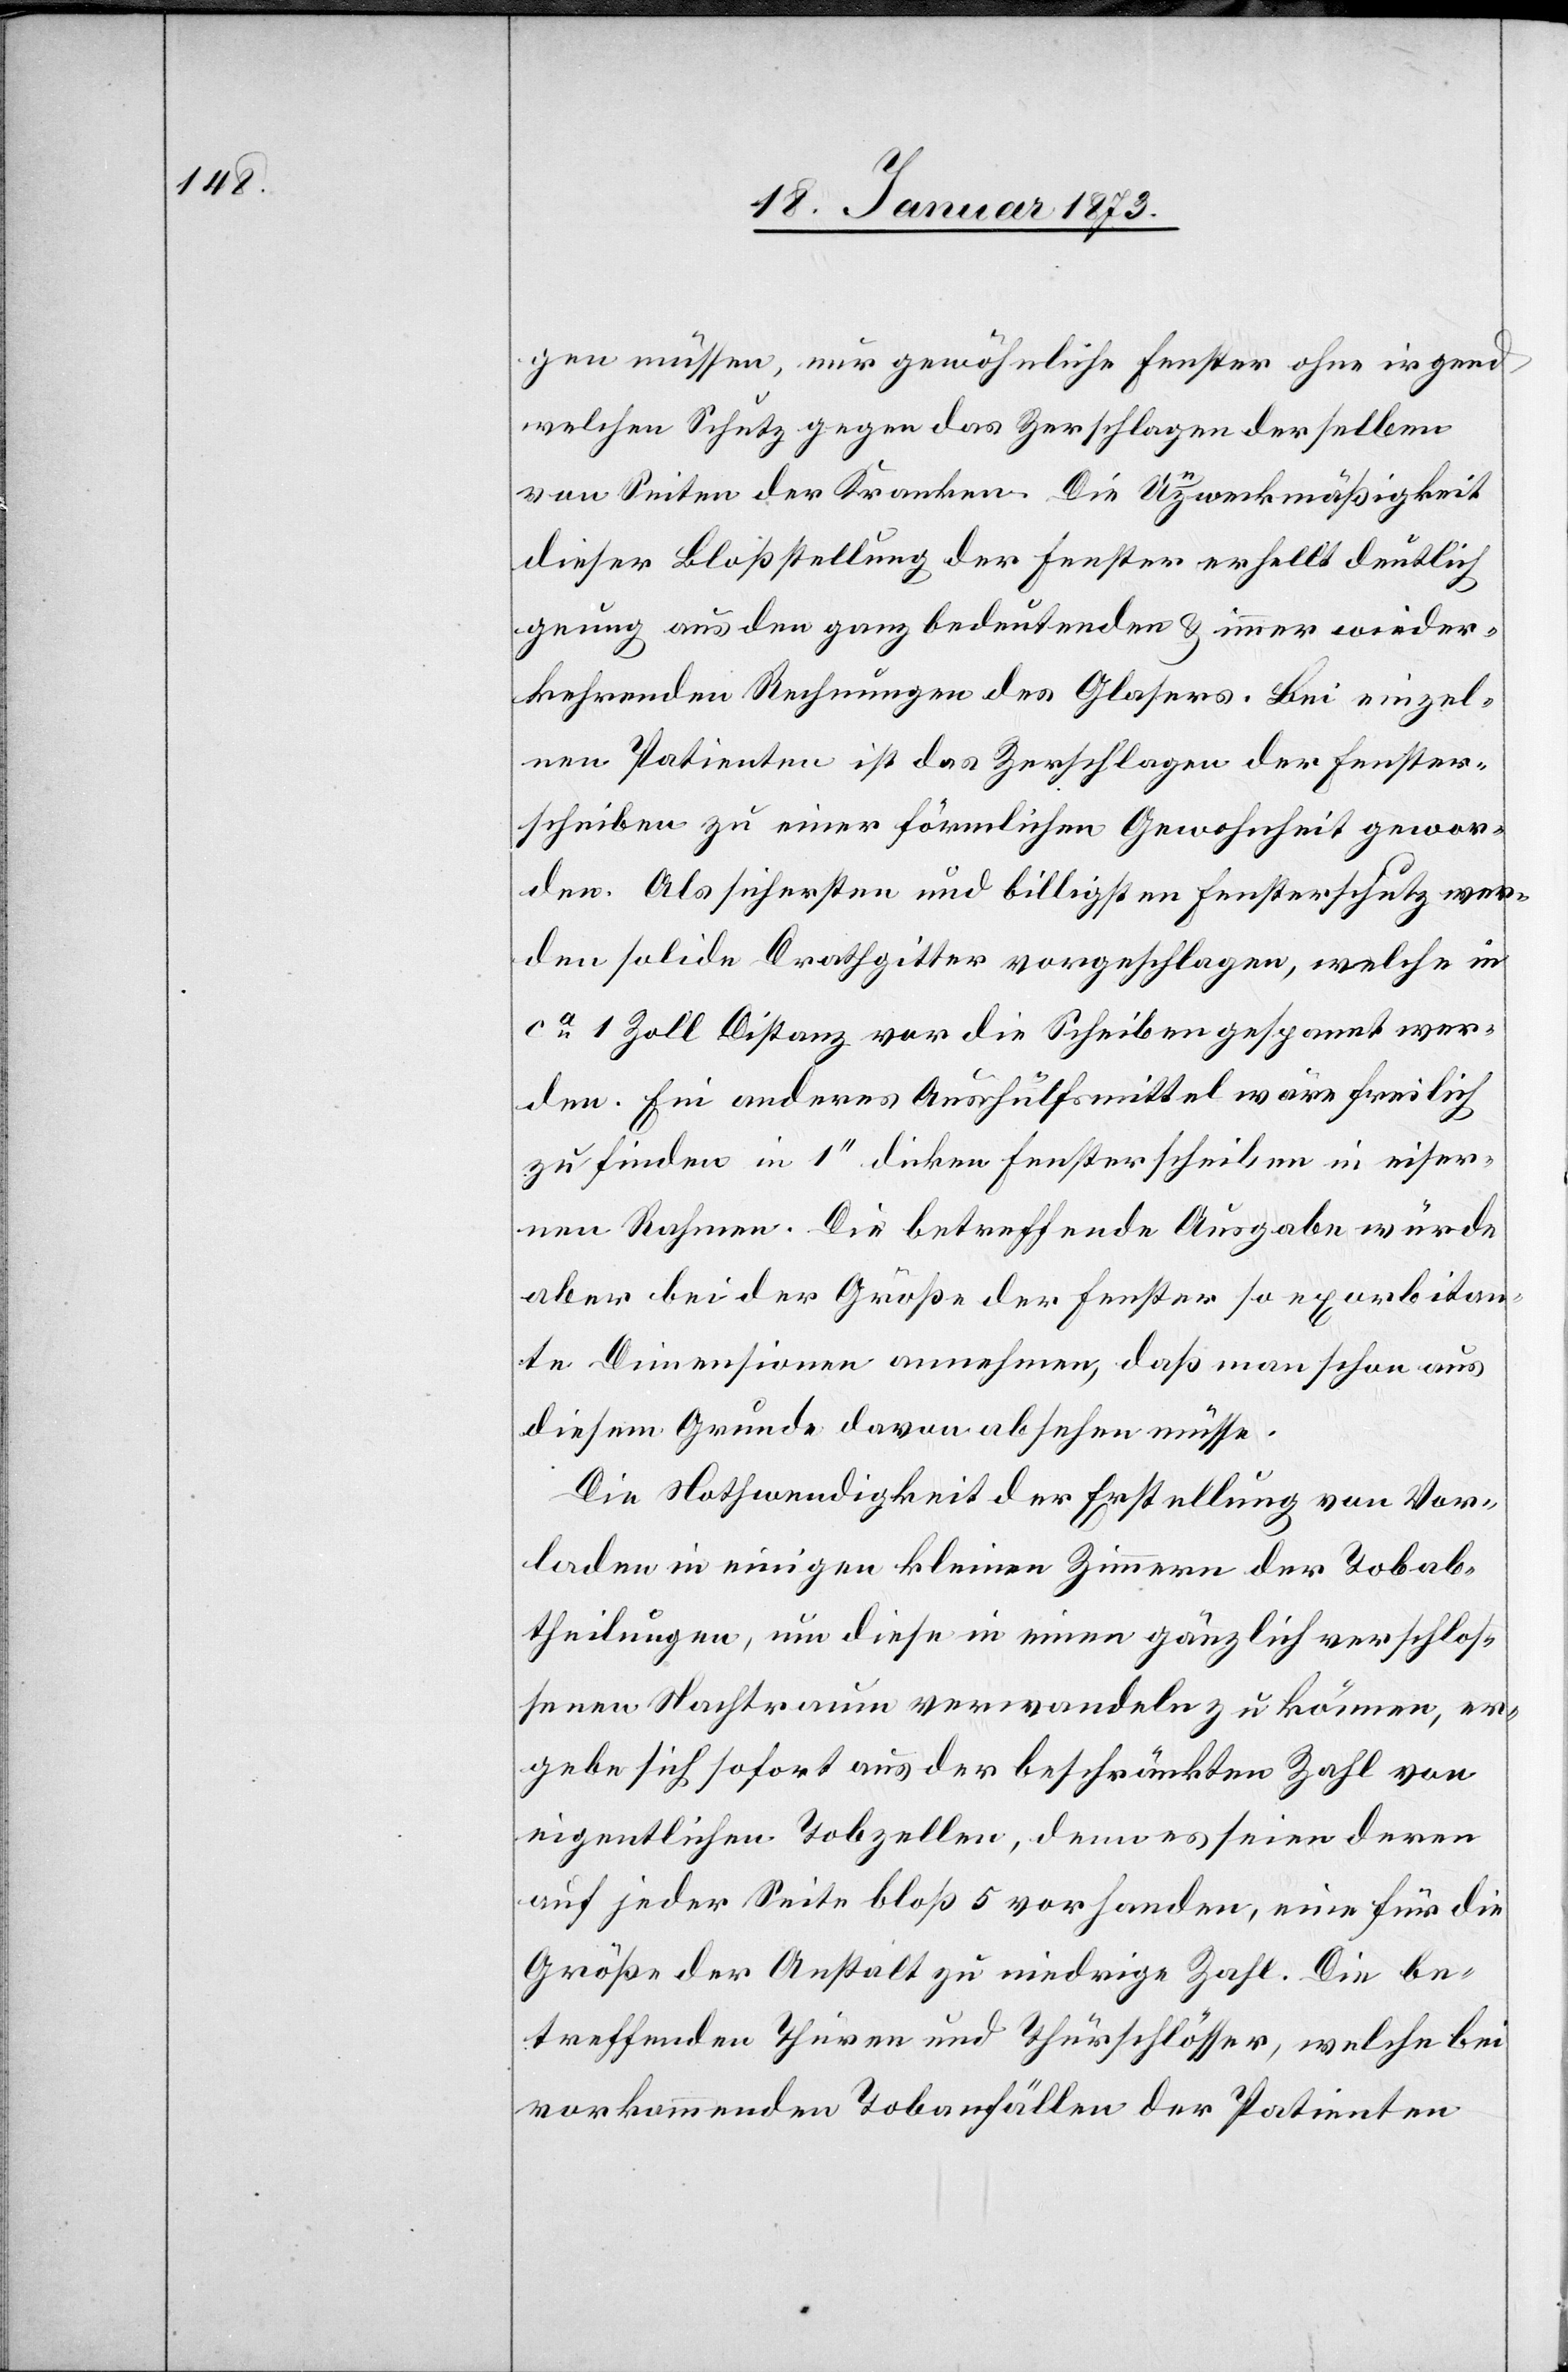
gen müssen, nur gewöhnliche Fenster ohne irgend¬
welchen Schutz gegen das Zerschlagen derselben
von Seiten der Kranken. Die Unzweckmäßigkeit
dieser Bloßstellung der Fenster erhellt deutlich
genug aus den ganz bedeutenden u. immer wieder¬
kehrenden Rechnungen des Glasers. Bei einzel¬
nen Patienten ist das Zerschlagen der Fenster¬
scheiben zu einer förmlichen Gewohnheit gewor¬
den. Als sichersten und billigsten Fensterschutz wer¬
den solide Drathgitter vorgeschlagen, welche in
ca. 1 Zoll Distanz vor die Scheiben gespannt wer¬
den. Ein anderes Aushülfsmittel wäre freilich
zu finden in 1’’ dicken Fensterscheiben in eiser¬
nen Rahmen. Die betreffende Ausgabe würde
aber bei der Größe der Fenster so exorbitan¬
te Dimensionen annehmen, daß man schon aus
diesem Grunde davon absehen müsse.
Die Nothwendigkeit der Erstellung von Vor¬
laden in einigen kleinen Zimmern der Tobab¬
theilungen, um diese in einen gänzlich verschlos¬
senen Nachtraum verwandeln zu können, er¬
gebe sich sofort aus der beschränkten Zahl von
eigentlichen Tobzellen, denn es seien deren
auf jeder Seite bloß 5 vorhanden, eine für die
Größe der Anstalt zu niedrige Zahl. Die be¬
treffenden Thüren und Thürschlösser, welche bei
vorkommenden Tobanfällen der Patienten